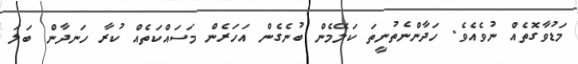
މަޑުވާގޮތެއް ނުވެއެވެ. ހަދާންނެތުނީތަ ކަލޭމެން ބުނެގެން އަހަރެން މަސައްކަތެއް ކުރާ ހަނދާން ބަލަ